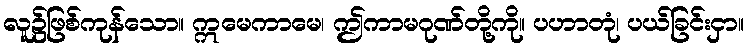
လူ၌ဖြစ်ကုန်သော။ ဣမေကာမေ၊ ဤကာမဂုဏ်တို့ကို။ ပဟာတုံ၊ ပယ်ခြင်းငှာ။